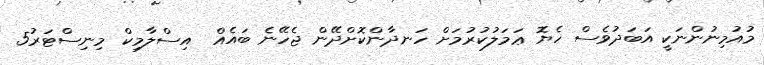
މުއުމިނުންނަކީ އަބަދުވެސް ހެޔޮ ޢަމަލުކުރުމަށް ހަނދާންކޮށްދޭން ޖެހޭނެ ބައެއް  އިސްލާމިކް މިނިސްޓަރު5